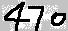
Text: 450